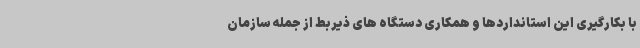
با بکارگیری این استانداردها و همکاری دستگاه های ذیربط از جمله سازمان